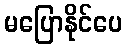
မပြောနိုင်ပေ